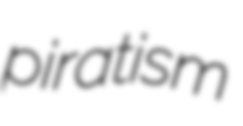
piratism